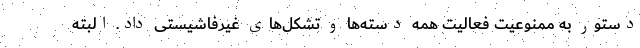
دستور به ممنوعیت فعالیت همه دسته‌ها و تشکل‌های غیرفاشیستی داد. البته